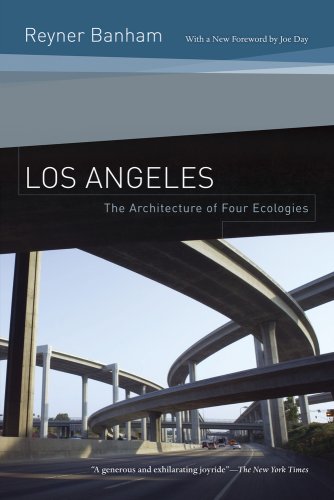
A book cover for Los Angeles: The Architecture of Four Ecologies; Reyner Banham; Engineering & Transportation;